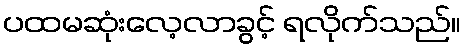
ပထမဆုံးလေ့လာခွင့် ရလိုက်သည်။